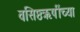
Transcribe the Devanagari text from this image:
वसिष्ठऋषींच्या